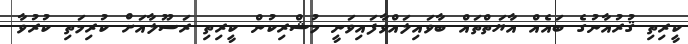
ކީރިތި ޤުރުއާނުގެ ބައެއް އާޔަތްތައް ބާވައިލައްވާފައިވަނީ މުޝްރިކުން ކީރިތި ރަސޫލާއަށް ކުރިމަތި ކުރުވާ